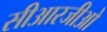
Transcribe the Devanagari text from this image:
सीआरजीओ